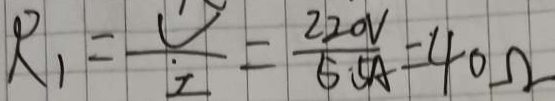
R _ { 1 } = \frac { U } { I } = \frac { 2 2 0 V } { 5 . 5 A } = 4 0 \Omega